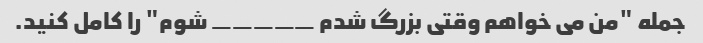
جمله "من می خواهم وقتی بزرگ شدم _____ شوم" را کامل کنید.